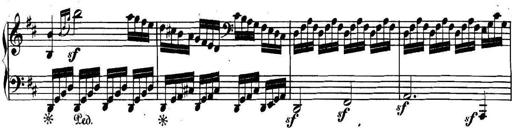
Title: Collected Piano Sonatas
Composer: Muzio Clementi